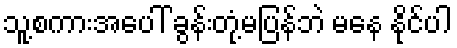
သူ့စကားအပေါ် ခွန်းတုံ့မပြန်ဘဲ မနေ နိုင်ပါ